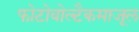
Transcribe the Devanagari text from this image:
फोटोवोल्टैकमाजूल